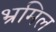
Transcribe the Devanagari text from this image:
भ्रमिल